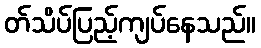
တ်သိပ်ပြည့်ကျပ်နေသည်။